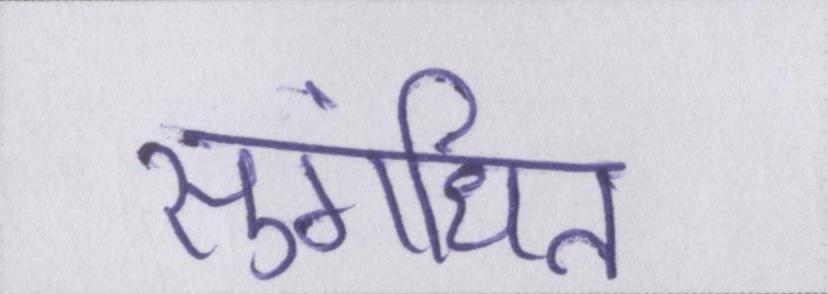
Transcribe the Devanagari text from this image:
सुगंधित